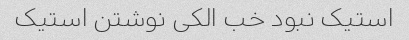
استیک نبود خب الکی نوشتن استیک